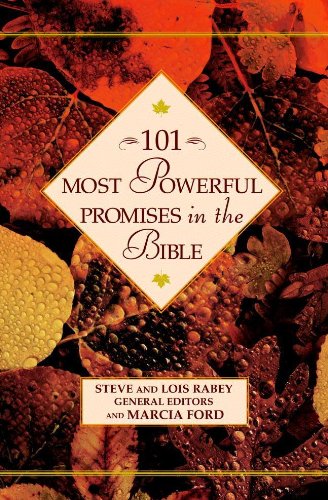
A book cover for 101 Most Powerful Promises in the Bible (101 Most Powerful Series); Steve; Christian Books & Bibles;